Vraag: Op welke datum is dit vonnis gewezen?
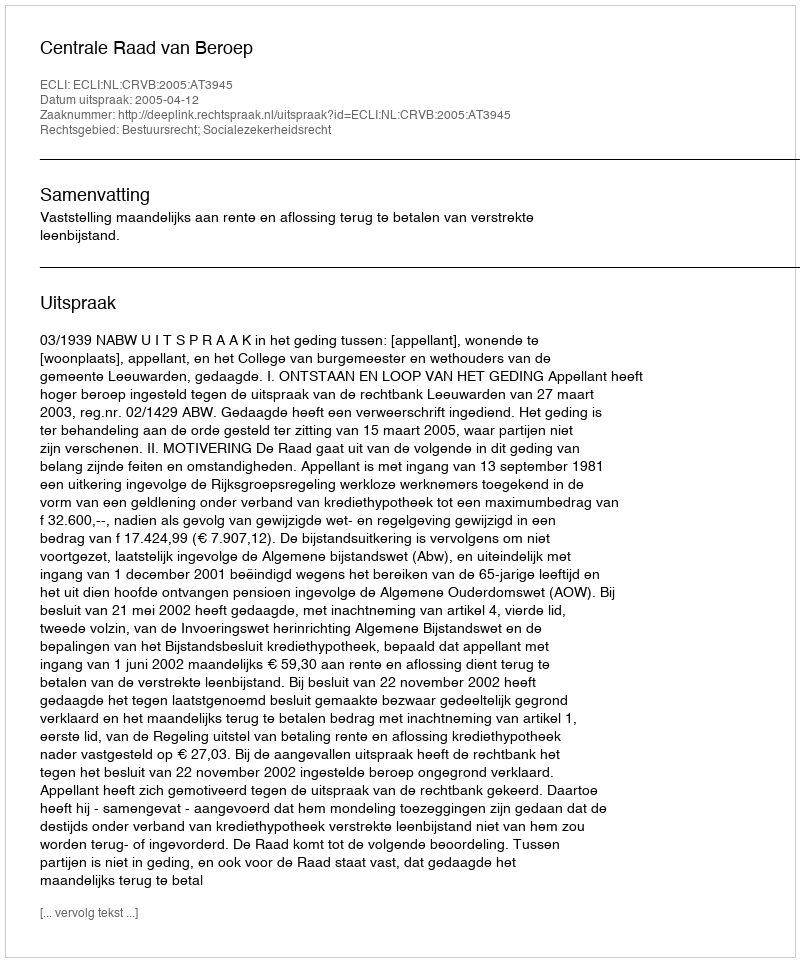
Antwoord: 2005-04-12